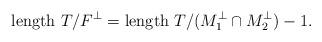
LaTeX: \begin{align*} {\rm length}~T/F^\perp = {\rm length}~T/(M_1^\perp \cap M_2^\perp) - 1.\end{align*}